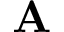
\mathbf { A }